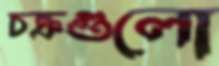
চক্রগুলো